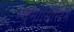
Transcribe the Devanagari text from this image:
न्युमोसिस्टिस